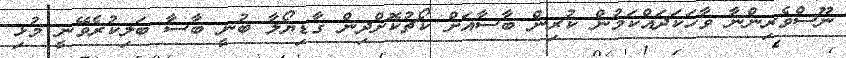
ނޫސްވެރިންނާ ވާހަކަދައްކަމުން ކުރިން ބާސާއަށް ކޯޗުކޮށްދިން ގާޑިޔޯލާ ބުނީ ބާސާ ބަލިކުރެވޭނީ މުޅި